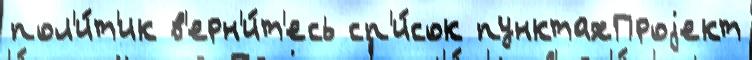
пол'и́т'ик в'ерн'и́т'есь сп'и́сок пунктахПроjект